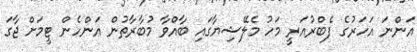
އަންނަ އަހަރުގެ ފެބްރުއަރީ މަހު މެލޭޝިޔާގައި ބާއްވާ މުބާރާތުން އަންހެން ޓީމަށް ޖާގަ